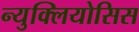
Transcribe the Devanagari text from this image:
न्युक्लियोसिस